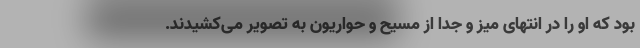
بود که او را در انتهای میز و جدا از مسیح و حواریون به تصویر می‌کشیدند.